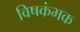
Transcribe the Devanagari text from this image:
विषकंभक